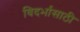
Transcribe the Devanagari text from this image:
विदर्भासाठी